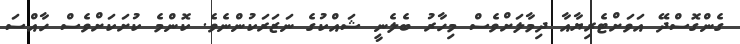
ގެންގޮސްދޭ އަވަށްޓެރިޔާއާ ދިމާލަށްވެސް މިހާރު ބެލެނީ ޝައްކުގެ ނަޒަރަކުންނެވެ. ކޮންމެ ކުށަކަށްވެސް ހާއްސަ